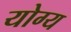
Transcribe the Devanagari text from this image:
योग्य